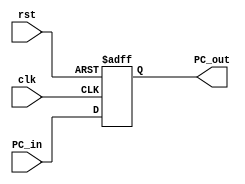
module PCunit
    (
        input wire [31:0] PC_in,
        input wire clk, rst,
        output reg [31:0] PC_out
    );
always @(posedge clk, negedge rst) 
begin
    if (!rst) 
    begin
        PC_out <= 32'b0;
    end
    else
    begin
        PC_out <= PC_in;
    end
end
endmodule